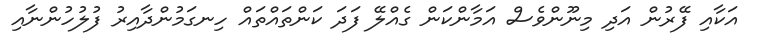
އަކާއި ފޭރުން އަދި މިނޫންވެސް އަމާންކަން ގެއްލޭ ފަދަ ކަންތައްތައް ހިނގަމުންދާއިރު ފުލުހުންނާއި